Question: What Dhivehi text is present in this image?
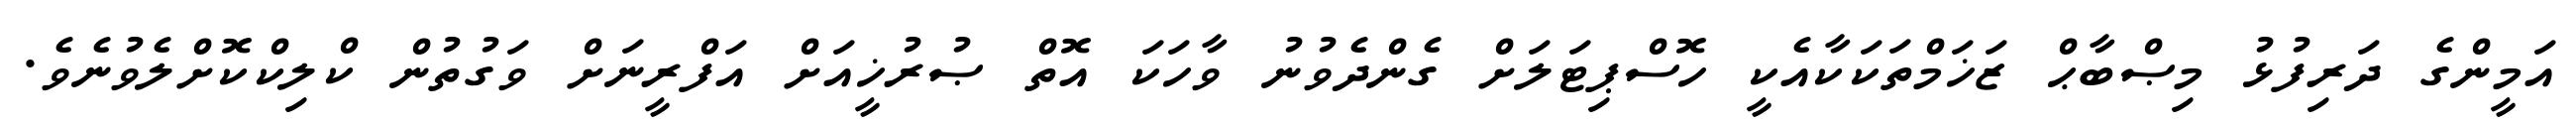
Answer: އަމީންގެ ދަރިފުޅު މިޞްބާޙް ޒަޚަމްތަކަކާއެކީ ހޮސްޕިޓަލަށް ގެންދެވުނު ވާހަކަ އޮތް ޞުރުޚީއަށް އަފްރީނަށް ވަގުތުން ކްލިކްކޮށްލެވުނެވެ.